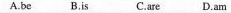
A.be B.Is C.Are D.Am